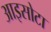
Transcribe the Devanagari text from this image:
आइसोटा